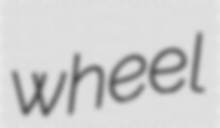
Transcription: wheel